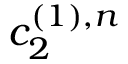
c _ { 2 } ^ { ( 1 ) , n }